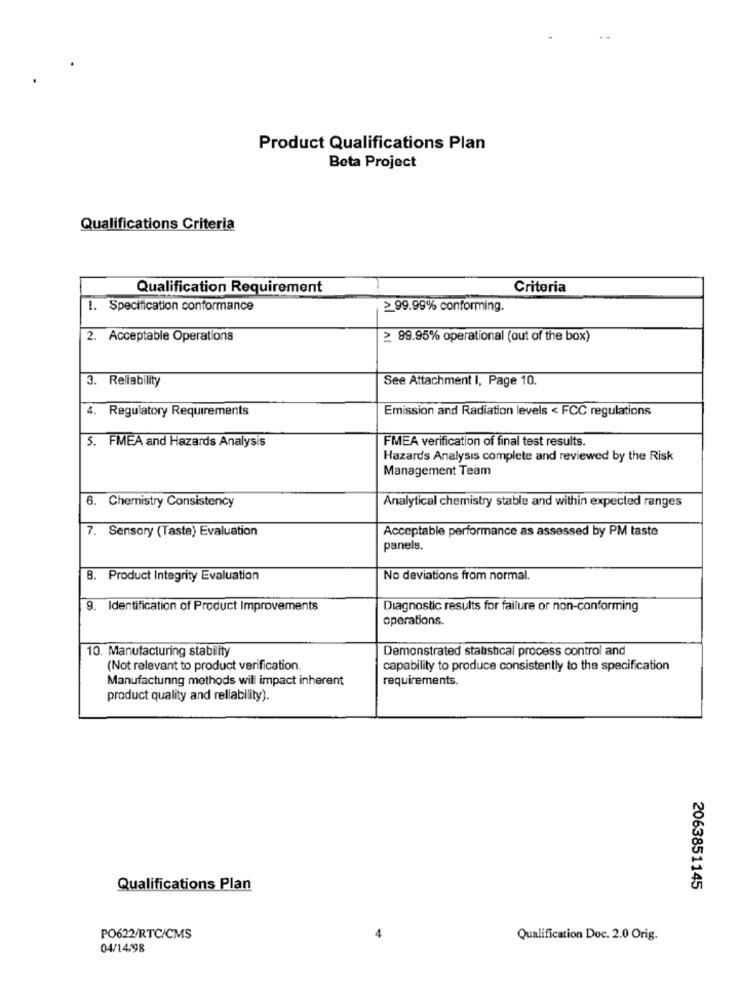
Product Qualifications Plan
Beta Project
Qualifications Criteria
Qualification Requirement
Criteria
1. Specification conformance
≥99.99% conforming.
2. Acceptable Operations
≥ 99.95% operational (out of the box)
3. Reliability
See Attachment I, Page 10.
Emission and Radiation levels < FCC regulations
4. Regulatory Requirements
5. FMEA and Hazards Analysis
FMEA verification of final test results.
Hazards Analysis complete and reviewed by the Risk
Management Team
6. Chemistry Consistency
Analytical chemistry stable and within expected ranges
7. Sensory (Taste) Evaluation
Acceptable performance as assessed by PM taste
panels.
B. Product Integrity Evaluation
No deviations from normal.
9. Identification of Product Improvements
Diagnostic results for failure or non-conforming
operations.
10. Manufacturing stability
Demonstrated statistical process control and
(Not relevant to product verification.
capability to produce consistently to the specification
Manufactunng methods will impact inherent
requirements.
product quality and reliability).
Qualifications Plan
2063851145
PO622/RTC/CMS
Qualification Doc. 2.0 Orig.
04/14/98